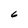
Character: 6